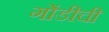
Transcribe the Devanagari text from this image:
गोंडीची